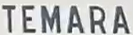
TEMARA